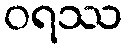
ဝရဿ